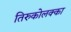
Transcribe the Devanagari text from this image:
तिरुकोलक्का